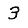
Digit: 3